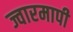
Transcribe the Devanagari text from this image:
ज्वारमापी